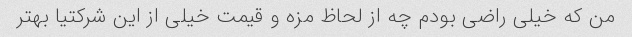
من که خیلی راضی بودم چه از لحاظ مزه و قیمت خیلی از این شرکتیا بهتر